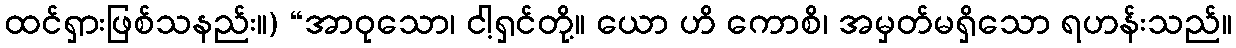
ထင်ရှားဖြစ်သနည်း။) “အာဝုသော၊ ငါ့ရှင်တို့။ ယော ဟိ ကောစိ၊ အမှတ်မရှိသော ရဟန်းသည်။